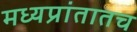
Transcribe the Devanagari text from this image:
मध्यप्रांतातच